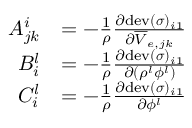
\begin{array} { r l } { A _ { j k } ^ { i } } & { = - \frac { 1 } { \rho } \frac { \partial \mathrm { d e v } ( \boldsymbol \sigma ) _ { i 1 } } { \partial \overline { { V } } _ { e , j k } } } \\ { B _ { i } ^ { l } } & { = - \frac { 1 } { \rho } \frac { \partial \mathrm { d e v } ( \boldsymbol \sigma ) _ { i 1 } } { \partial ( \rho ^ { l } \phi ^ { l } ) } } \\ { C _ { i } ^ { l } } & { = - \frac { 1 } { \rho } \frac { \partial \mathrm { d e v } ( \boldsymbol \sigma ) _ { i 1 } } { \partial \phi ^ { l } } } \end{array}